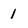
Character: 1